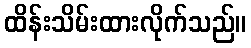
ထိန်းသိမ်းထားလိုက်သည်။